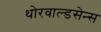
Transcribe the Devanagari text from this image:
थोरवाल्डसेन्स